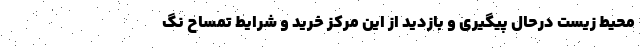
محیط زیست درحال پیگیری و بازدید از این مرکز خرید و شرایط تمساح نگ